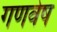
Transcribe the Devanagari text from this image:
गणवेष